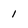
Character: 1